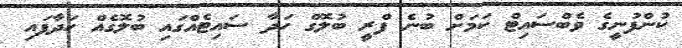
ކުންފުނީގެ ވެބްސައިޓް ކަމަށް ބުނެ ފްރީ ބުލޮގް ހަދާ ސައިޓެއްގައި ބުލޮގެއް ހަދާފައި